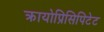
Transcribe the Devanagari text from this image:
क्रायोप्रिसिपिटेट